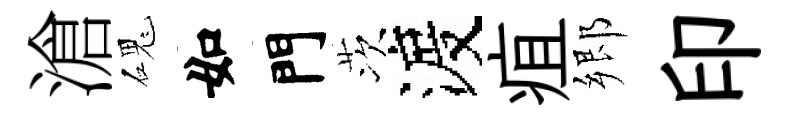
滄磈如門茨渡疽郷印